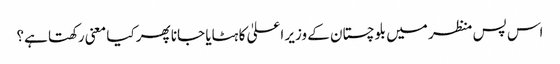
اس پس منظر میں بلوچستان کے وزیر اعلیٰ کا ہٹایا جانا پھر کیا معنی رکھتا ہے؟